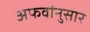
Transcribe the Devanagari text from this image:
अफवांनुसार